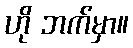
ဟို ဘက်မှာ။